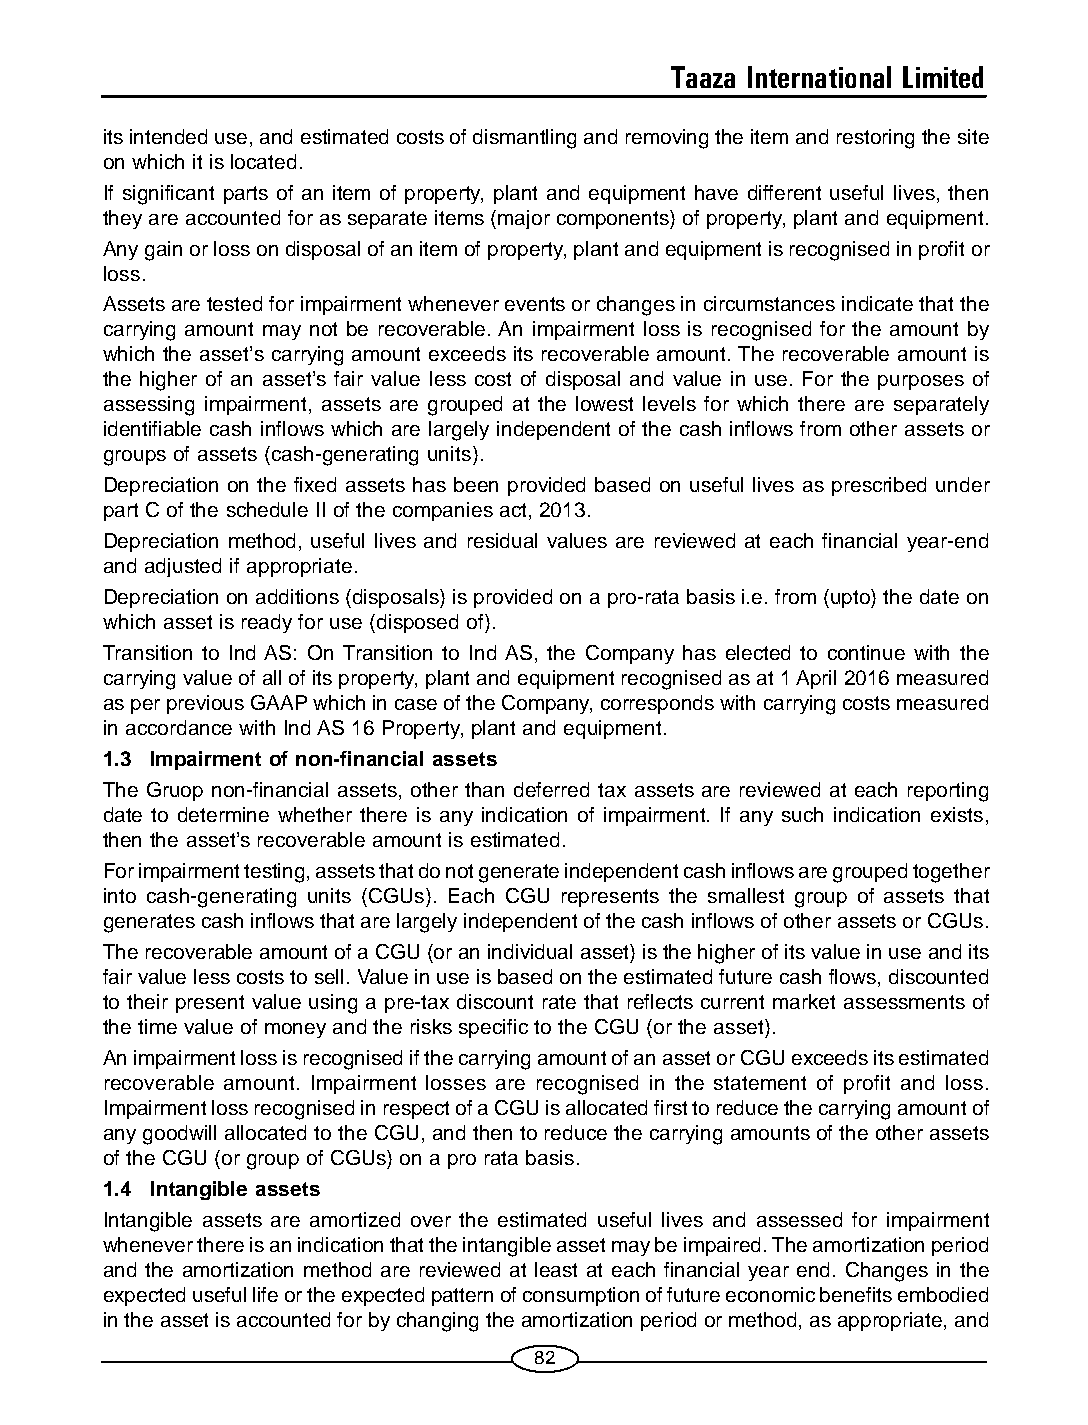
Taaza International Limited
 its intended use, and estimated costs of dismantling and removing the item and restoring the site
 on which it is located.
 If significant parts of an item of property, plant and equipment have different useful lives, then
 they are accounted for as separate items (major components) of property, plant and equipment.
 Any gain or loss on disposal of an item of property, plant and equipment is recognised in profit or
 loss.
 Assets are tested for impairment whenever events or changes in circumstances indicate that the
 carrying amount may not be recoverable. An impairment loss is recognised for the amount by
 which the asset’s carrying amount exceeds its recoverable amount. The recoverable amount is
 the higher of an asset’s fair value less cost of disposal and value in use. For the purposes of
 assessing impairment, assets are grouped at the lowest levels for which there are separately
 identifiable cash inflows which are largely independent of the cash inflows from other assets or
 groups of assets (cash-generating units).
 Depreciation on the fixed assets has been provided based on useful lives as prescribed under
 part C of the schedule II of the companies act, 2013.
 Depreciation method, useful lives and residual values are reviewed at each financial year-end
 and adjusted if appropriate.
 Depreciation on additions (disposals) is provided on a pro-rata basis i.e. from (upto) the date on
 which asset is ready for use (disposed of).
 Transition to Ind AS: On Transition to Ind AS, the Company has elected to continue with the
 carrying value of all of its property, plant and equipment recognised as at 1 April 2016 measured
 as per previous GAAP which in case of the Company, corresponds with carrying costs measured
 in accordance with Ind AS 16 Property, plant and equipment.
 1.3 Impairment of non-financial assets
 The Gruop non-financial assets, other than deferred tax assets are reviewed at each reporting
 date to determine whether there is any indication of impairment. If any such indication exists,
 then the asset’s recoverable amount is estimated.
 For impairment testing, assets that do not generate independent cash inflows are grouped together
 into cash-generating units (CGUs). Each CGU represents the smallest group of assets that
 generates cash inflows that are largely independent of the cash inflows of other assets or CGUs.
 The recoverable amount of a CGU (or an individual asset) is the higher of its value in use and its
 fair value less costs to sell. Value in use is based on the estimated future cash flows, discounted
 to their present value using a pre-tax discount rate that reflects current market assessments of
 the time value of money and the risks specific to the CGU (or the asset).
 An impairment loss is recognised if the carrying amount of an asset or CGU exceeds its estimated
 recoverable amount. Impairment losses are recognised in the statement of profit and loss.
 Impairment loss recognised in respect of a CGU is allocated first to reduce the carrying amount of
 any goodwill allocated to the CGU, and then to reduce the carrying amounts of the other assets
 of the CGU (or group of CGUs) on a pro rata basis.
 1.4 Intangible assets
 Intangible assets are amortized over the estimated useful lives and assessed for impairment
 whenever there is an indication that the intangible asset may be impaired. The amortization period
 and the amortization method are reviewed at least at each financial year end. Changes in the
 expected useful life or the expected pattern of consumption of future economic benefits embodied
 in the asset is accounted for by changing the amortization period or method, as appropriate, and
 82